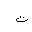
Letter: _ta